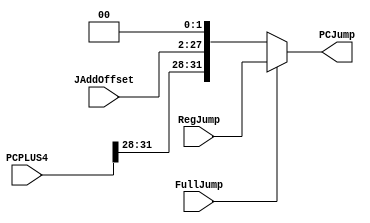
module PCJump(PCPLUS4,JAddOffset,RegJump,FullJump,PCJump);
    input[31:0] PCPLUS4;
    input[25:0] JAddOffset;
    input[31:0] RegJump;
    input FullJump;
    output reg[31:0] PCJump;

    always @(*)begin
        if(FullJump)
            PCJump = RegJump;
        else
            PCJump = {PCPLUS4[31:28], JAddOffset[25:0], 2'b00};
    end
endmodule